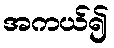
အကယ်၍